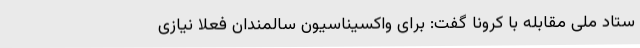
ستاد ملی مقابله با کرونا گفت: برای واکسیناسیون سالمندان فعلا نیازی